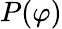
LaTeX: P(\varphi)